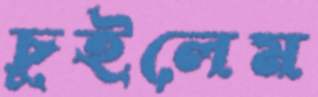
চুইলেম